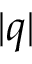
| q |